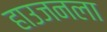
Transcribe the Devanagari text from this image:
हाउजनला